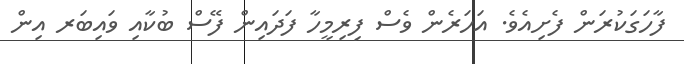
ފާހަގަކުރަން ފެށިއެވެ. އަހަރެން ވެސް ފިރިމީހާ ފަދައިން ފޭސް ބުކާއި ވައިބަރ އިން